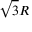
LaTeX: { \sqrt { 3 } } R